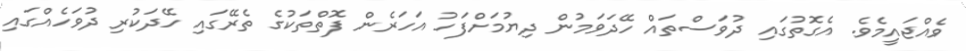
ވެއްޖައީމެވެ. އެގޮތުގައި ދުވަސްތައް ހޭދަވަމުން ދިޔުމަށްފަހު އަހަރެން ފޮތްތަކުގެ ތެރޭގައި ހޭދަކުރި ދުވަހެއްގައި